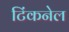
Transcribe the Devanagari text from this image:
टिंकनेल